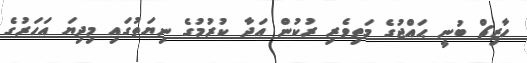
ހާޒިޗް ބުނީ ޙައްޖުގެ މަތިވެރި ރުކުން އަދާ ކުރުމުގެ ނިޔަތުގައި މިދިޔަ އަހަރުގެ